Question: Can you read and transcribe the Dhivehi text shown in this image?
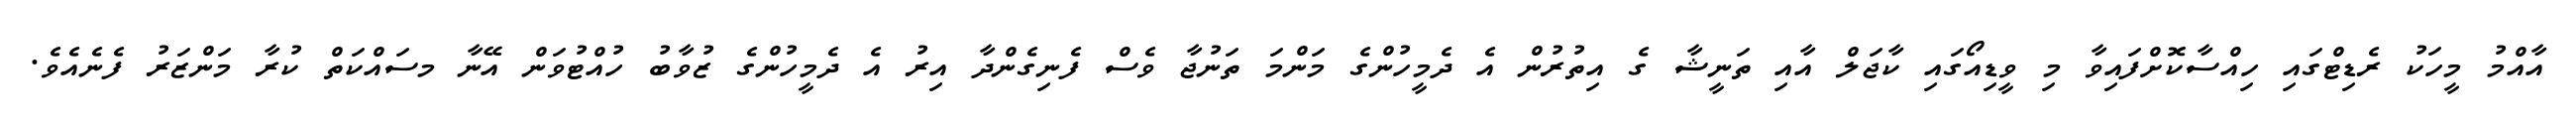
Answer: އާއްމު މީހަކު ރެޑިޓްގައި ހިއްސާކޮށްފައިވާ މި ވީޑިއޯގައި ކާޖަލް އާއި ތަނީޝާ ގެ އިތުރުން އެ ދެމީހުންގެ މަންމަ ތަނުޖާ ވެސް ފެނިގެންދާ އިރު އެ ދެމީހުންގެ ޒުވާބު ހުއްޓުވަން އޭނާ މސައްކަތް ކުރާ މަންޒަރު ފެނެއެވެ.